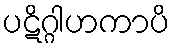
ပဋိဂ္ဂါဟကာပိ